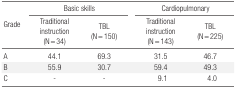
<table><thead><tr><td rowspan="2"><b>Grade</b></td><td colspan="2"><b>Basic skills</b></td><td colspan="2"><b>Cardiopulmonary</b></td></tr><tr><td><b>Traditional instruction (N = 34)</b></td><td><b>TBL (N = 150)</b></td><td><b>Traditional instruction (N = 143)</b></td><td><b>TBL (N = 225)</b></td></tr></thead><tbody><tr><td>A</td><td>44.1</td><td>69.3</td><td>31.5</td><td>46.7</td></tr><tr><td>B</td><td>55.9</td><td>30.7</td><td>59.4</td><td>49.3</td></tr><tr><td>C</td><td>-</td><td>-</td><td>9.1</td><td>4.0</td></tr></tbody></table>